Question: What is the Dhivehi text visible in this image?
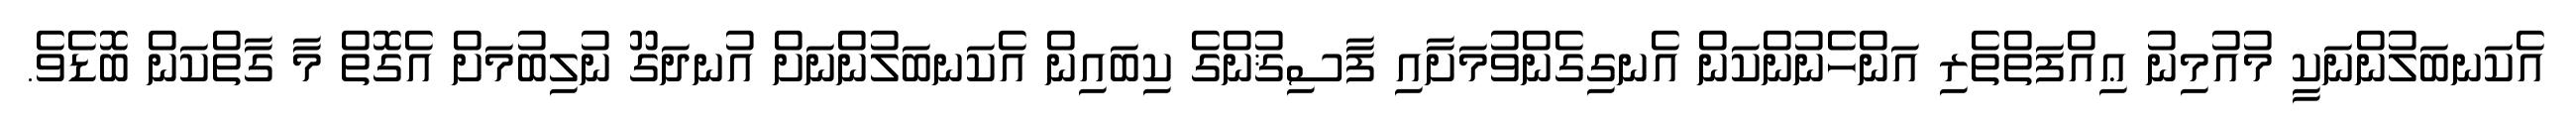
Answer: އެކަނބަލުންނަކީ މުއުމިނު ޢިއްފަތްތެރި އަންހެނުންކަން އެނގިގެންވުމަށާއި ފާސިޤުންގެ ކިބައިން އެކަނބަލުންނަށް އުނދަގޫ ނުލިބުމަށް އެގޮތް މާ ގާތްކަން ބޮޑެވެ.